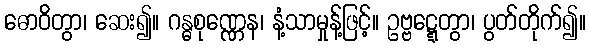
ဓောဝိတွာ၊ ဆေး၍။ ဂန္ဓစုဏ္ဏေန၊ နံ့သာမှုန့်ဖြင့်။ ဥဗ္ဗဋ္ဋေတွာ၊ ပွတ်တိုက်၍။